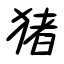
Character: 猪